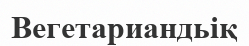
Вегетариандьіқ